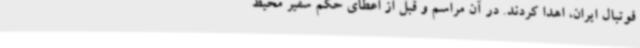
فوتبال ایران، اهدا کردند. در آن مراسم و قبل از اعطای حکم سفیر محیط